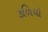
કળિયો